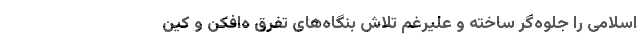
اسلامی را جلوه‌گر ساخته و علیرغم تلاش بنگاه‌های تفرق ه‌افکن و کین